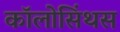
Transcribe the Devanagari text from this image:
कॉलोसिंथस